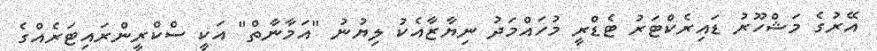
އޭރުގެ މަޝްހޫރު ޑައިރެކްޓަރު ޓެޑްރީ މުހައްމަދު ނިޔާޒާއެކު ލިޔުނު "އަމާނާތް" އަކީ ސްކްރީންރައިޓަރެއްގެ